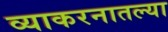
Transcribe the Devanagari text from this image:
व्याकरनातल्या